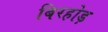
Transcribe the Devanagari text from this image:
बिरहोड़